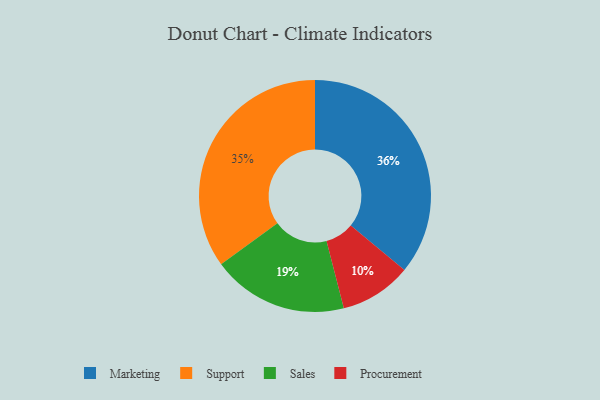
{"axis": {"x": "Category", "y": "Percentage"}, "legend": ["Marketing", "Procurement", "Sales", "Support"], "data": [{"x": "Support", "y": 35, "type": "Support"}, {"x": "Sales", "y": 19, "type": "Sales"}, {"x": "Procurement", "y": 10, "type": "Procurement"}, {"x": "Marketing", "y": 36, "type": "Marketing"}]}